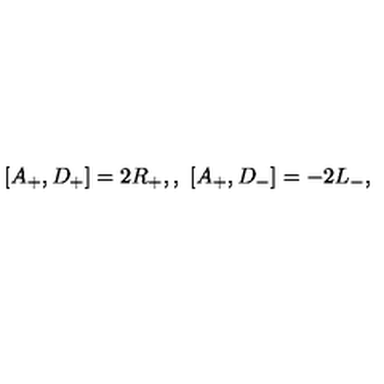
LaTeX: [ A _ { + } , D _ { + } ] = 2 R _ { + } , , \ [ A _ { + } , D _ { - } ] = - 2 L _ { - } ,